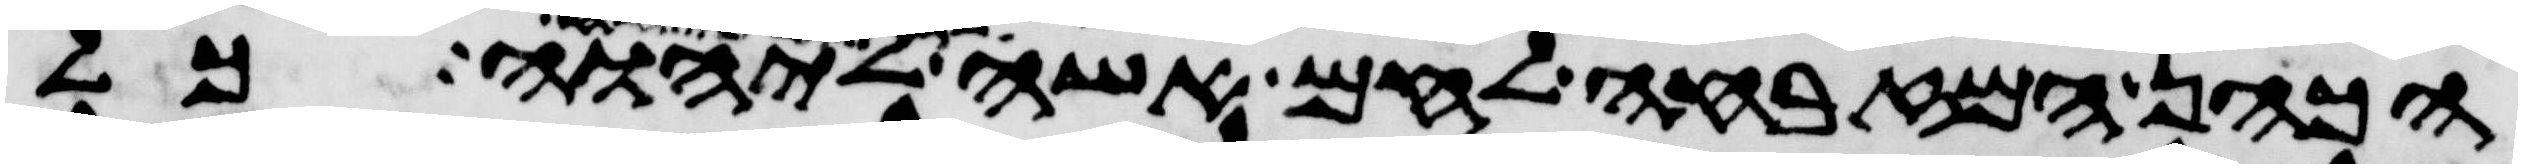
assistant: הכהן המזבחה לחם אשה ליהוה